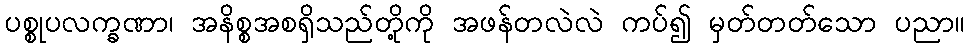
ပစ္စုပလက္ခဏာ၊ အနိစ္စအစရှိသည်တို့ကို အဖန်တလဲလဲ ကပ်၍ မှတ်တတ်သော ပညာ။